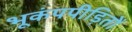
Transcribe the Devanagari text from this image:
भूकंपपीड़ितों